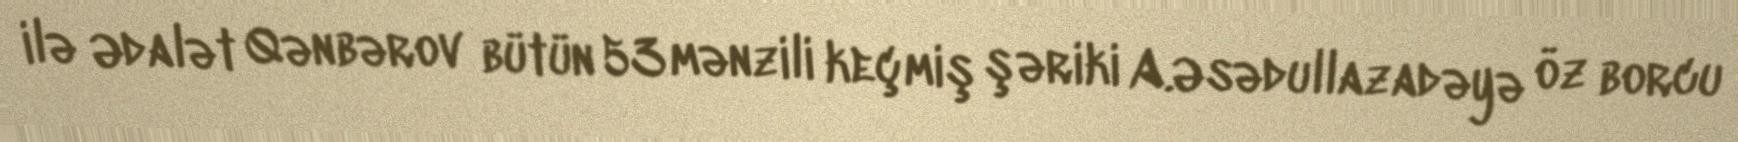
ilə Ədalət Qənbərov bütün 53 mənzili keçmiş şəriki A.Əsədullazadəyə öz borcu